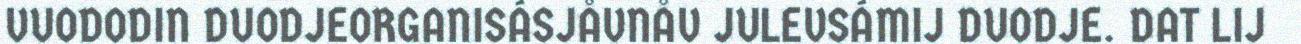
VUODODIN DUODJEORGANISÁSJÅVNÅV JULEVSÁMIJ DUODJE. DAT LIJ